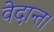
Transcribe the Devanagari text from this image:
वेदान्त।